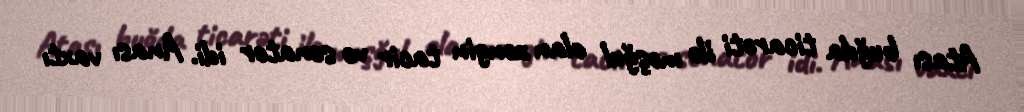
Atası buğda ticarəti ilə məşğul olan zəngin tacir və senator idi. Anası vaxtı